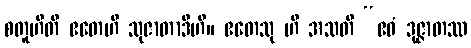
စတူဟီတိ ဧတေဟိ သုဇာတာဒီဟိ။ ဧတေသု ဟိ အသတိ “ဧဝံ ဒုဇ္ဇာတဿ